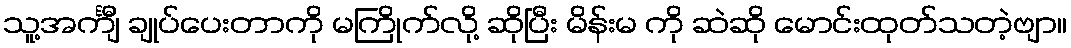
သူ့အင်္ကျီ ချုပ်ပေးတာကို မကြိုက်လို့ ဆိုပြီး မိန်းမ ကို ဆဲဆို မောင်းထုတ်သတဲ့ဗျာ။